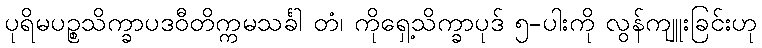
ပုရိမပဉ္စသိက္ခာပဒဝီတိက္ကမသင်္ခါ တံ၊ ကိုရှေ့သိက္ခာပုဒ် ၅-ပါးကို လွန်ကျူးခြင်းဟု